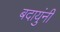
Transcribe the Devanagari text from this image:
बदायुंनी